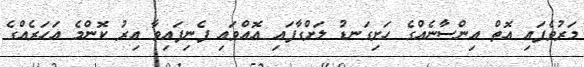
މަރުވެފައި އޮތް އިންސާނެއްގެ ހަށިގަނޑު ލަށްގާފައި އޮއްވައި ފެނިފައިވާ އިރު ކޮންމެ އަހަރެއްގެ